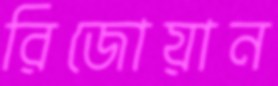
রিজোয়ান